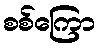
စစ်ကြော